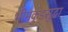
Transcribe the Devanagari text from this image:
भीमकुंडसुद्धा